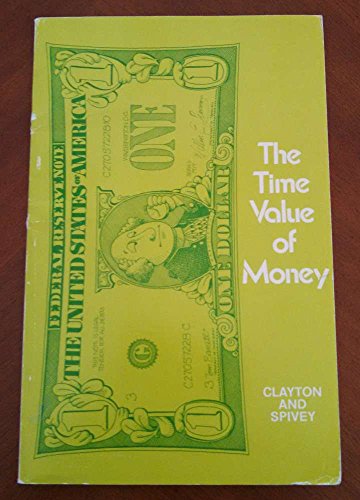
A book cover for The Time Value of Money: Worked and Solved Problems; Gary E. Clayton; Business & Money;